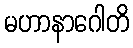
မဟာနာဂေါတိ